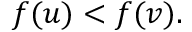
f ( u ) < f ( v ) .